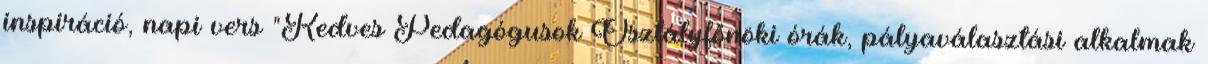
inspiráció, napi vers "Kedves Pedagógusok Osztályfőnöki órák, pályaválasztási alkalmak